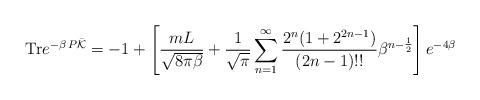
LaTeX: \begin{align*}{\rm Tr} e^{-\beta\,P \bar{\cal K}}=-1+\left[\frac{mL}{\sqrt{8\pi \beta}}+\frac{1}{\sqrt{\pi}}\sum_{n=1}^\infty \frac{2^{n}(1+2^{2n-1})}{(2n-1)!!}\beta^{n-\frac{1}{2}}\right]e^{-4 \beta}\end{align*}